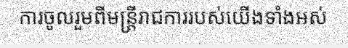
ការចូលរួមពីមន្ត្រីរាជការរបស់យើងទាំងអស់